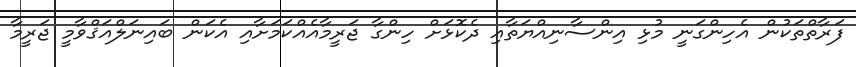
ފަރާތްތަކުން އެހިންގަނީ މުޅި އިންސާނިއްޔަތާއި ދެކޮޅަށް ހިންގާ ޖަރީމާއެއްކަމަށާއި އެކަން ބައިނަލްއަޤްވާމީ ޖަރީމާ